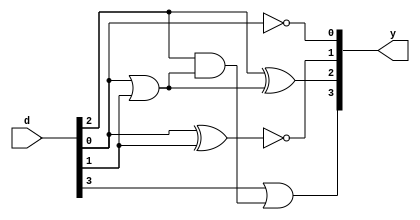
module be3(d, y);    // bcd codes with 3 added 
  
input [3:0] d;
output [3:0] y;
// using truth table
assign y[0]=~d[0];
assign y[1]=~(d[0]^d[1]);
assign y[2]=d[2]^((d[0])|(d[1]));
assign y[3]=d[3]|(d[2]&(d[1]|d[0]));
  
endmodule


module testbench();
  
reg [3:0]d;
wire [3:0]y;
  
be3 s1(d,y);
  
initial
begin
  d=4'b0000;
#10 d=4'b0001;
#10 d=4'b0010;
#10 d=4'b0011;
#10 d=4'b0100;
#10 d=4'b0101;
#10 d=4'b0110;
#10 d=4'b0111;
#10 d=4'b1000;
#10 d=4'b1001;
#10 $finish;
end
endmodule